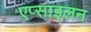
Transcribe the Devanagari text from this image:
एप्साइलन